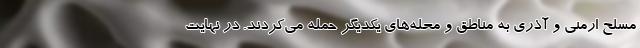
مسلح ارمنی و آذری به مناطق و محله‌های یکدیگر حمله می‌کردند. در نهایت